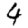
Digit: 4